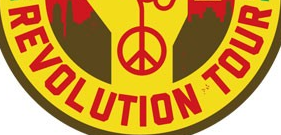
REVOLUTION TOUR